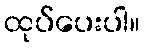
ထုပ်ပေးပါ။